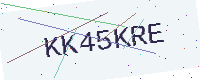
Text: KK45KRE